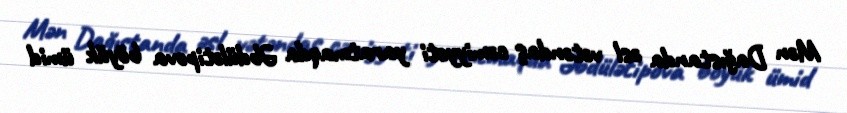
Mən Dağıstanda əsl vətəndaş cəmiyyəti yaratmaqda Əbdülətipova böyük ümid